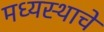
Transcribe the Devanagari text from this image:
मध्यस्थाचे